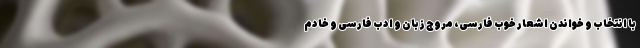
با انتخاب و خواندن اشعار خوب فارسی، مروّج زبان و ادب فارسی و خادم